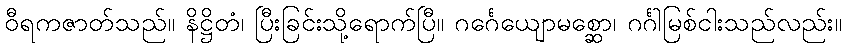
ဝီရကဇာတ်သည်။ နိဋ္ဌိတံ၊ ပြီးခြင်းသို့ရောက်ပြီ။ ဂင်္ဂေယျောမစ္ဆော၊ ဂင်္ဂါမြစ်ငါးသည်လည်း။